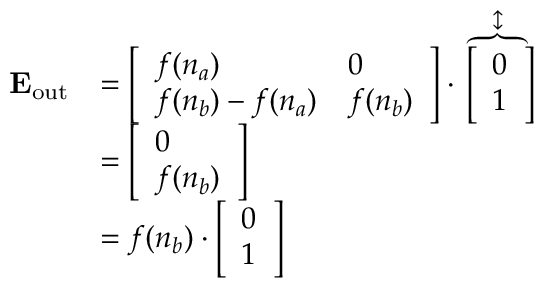
\begin{array} { r l } { \mathbf { E _ { \mathrm { { o u t } } } } } & { = \left[ \begin{array} { l l } { { { f ( n _ { a } ) } } } & { 0 } \\ { { f ( n _ { b } ) } - { f ( n _ { a } ) } } & { { f ( n _ { b } ) } } \end{array} \right] \cdot \overbrace { \left[ \begin{array} { l } { 0 } \\ { 1 } \end{array} \right] } ^ { \updownarrow } } \\ & { = \left[ \begin{array} { l } { { 0 } } \\ { { f ( n _ { b } ) } } \end{array} \right] } \\ & { = { f ( n _ { b } ) } \cdot \left[ \begin{array} { l } { 0 } \\ { 1 } \end{array} \right] } \end{array}